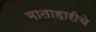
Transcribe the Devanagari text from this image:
माताहारीचे